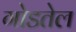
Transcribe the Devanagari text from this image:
गोडतेल